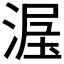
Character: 𱧩